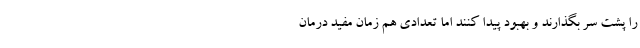
را پشت سر بگذارند و بهبود پیدا کنند اما تعدادی هم زمان مفید درمان